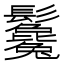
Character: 𩰃